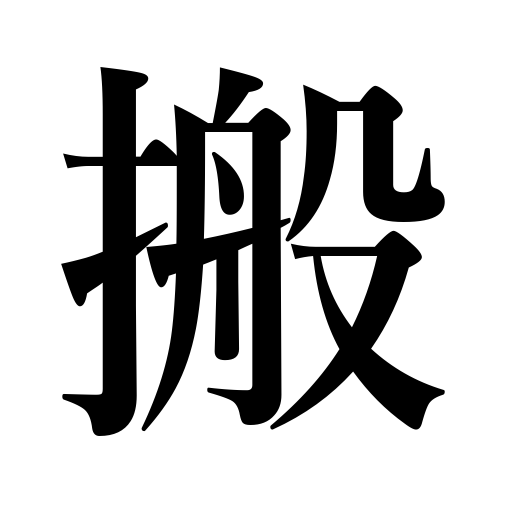
Meanings: transport,carry